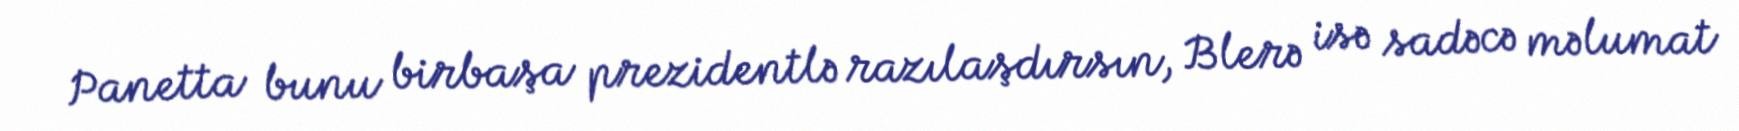
Panetta bunu birbaşa prezidentlə razılaşdırsın, Blerə isə sadəcə məlumat